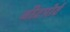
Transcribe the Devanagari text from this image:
बीटपोर्ट